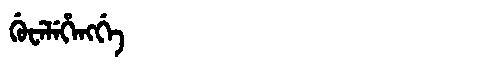
Manchu: ᡤᡠᠸᡝᠯᡝᡥᡝᠩᡤᡝ
Romanization: GUWELEHENGGE